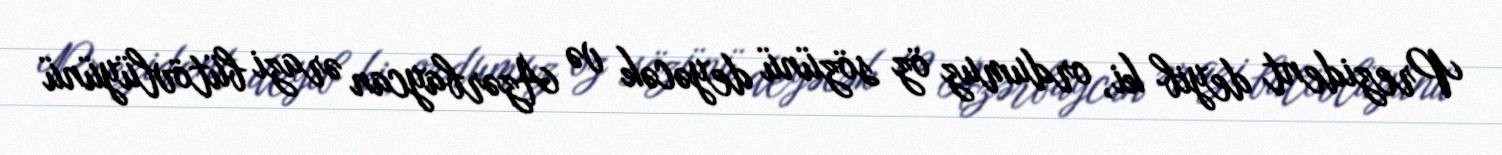
Prezident deyib ki, ordumuz öz sözünü deyəcək və Azərbaycan ərazi bütövlüyünü